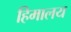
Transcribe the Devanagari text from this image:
हिमालय